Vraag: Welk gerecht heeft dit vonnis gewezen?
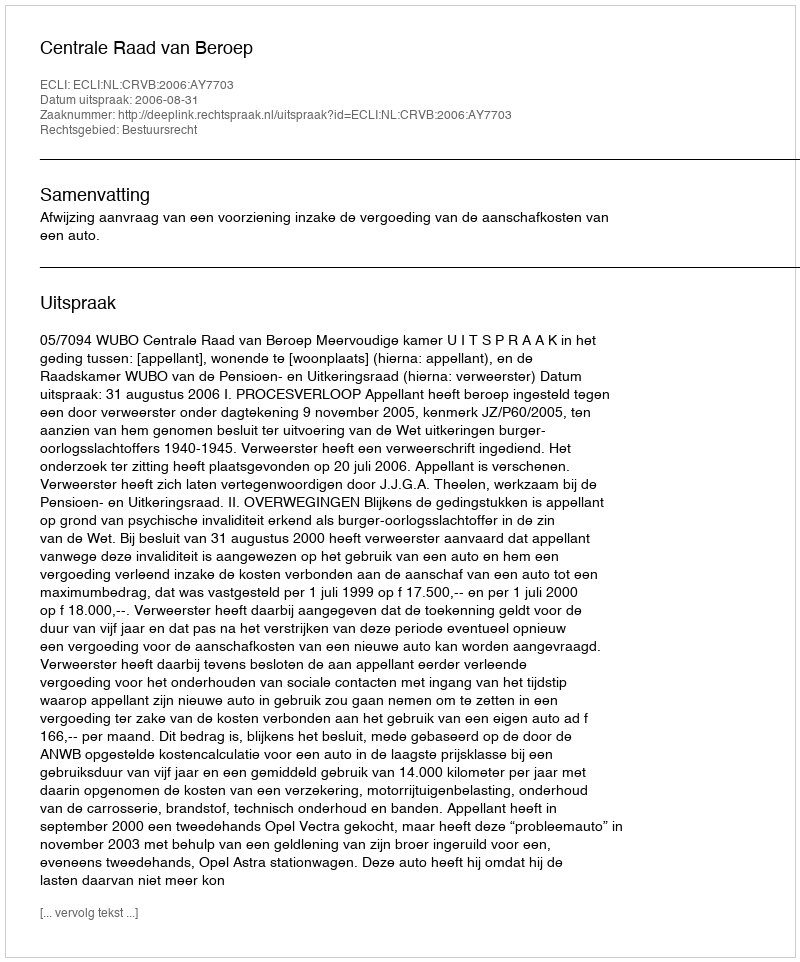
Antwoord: Centrale Raad van Beroep